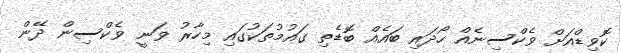
ކޮވިޑްއަށް ވެކްސިނެއް ހޯދައި ބައެއް ބޮޑެތި ގައުމުތަކުގައި މިހާރު ވަނީ ވެކްސިން ދޭން